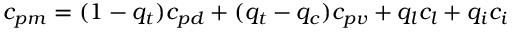
c _ { p m } = ( 1 - q _ { t } ) c _ { p d } + ( q _ { t } - q _ { c } ) c _ { p v } + q _ { l } c _ { l } + q _ { i } c _ { i }